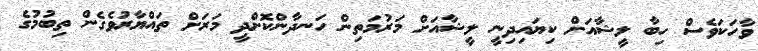
ވާހަކަވެސް ހިބާ ލީޝާއަށް ކިޔައިދިނީ ލީޝާއަށް މަރުމަތިން ހަނދާންކޮށްދީ މަރަށް ތައްޔާރުވެގެން ތިބުމުގެ